Indian journal of veterinary science and animal husbandry - Volumes 26-27, 1956-1957
Year: 1956
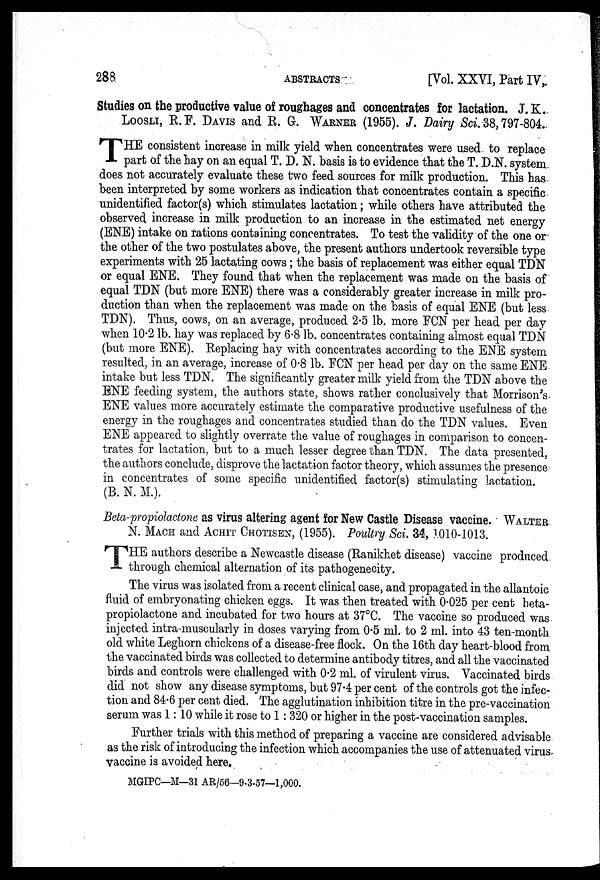
288
ABSTRACTS
[Vol. XXVI, Part IV,
Studies on the productive value of roughages and concentrates for lactation. J. K.
LOOSLI, R. F. DAVIS and R. G. WARNER (1955). J. Dairy Sci. 38, 797-804.
T HE consistent increase in milk yield when concentrates were used to replace
part of the hay on an equal T. D. N. basis is to evidence that the T. D.N. system
does not accurately evaluate these two feed sources for milk production. This has
been interpreted by some workers as indication that concentrates contain a specific
unidentified factor(s) which stimulates lactation; while others have attributed the
observed increase in milk production to an increase in the estimated net energy
(ENE) intake on rations containing concentrates. To test the validity of the one or
the other of the two postulates above, the present authors undertook reversible type
experiments with 25 lactating cows; the basis of replacement was either equal TDN
or equal ENE. They found that when the replacement was made on the basis of
equal TDN (but more ENE) there was a considerably greater increase in milk pro-
duction than when the replacement was made on the basis of equal ENE (but less
TDN). Thus, cows, on an average, produced 2.5 lb. more FCN per head per day
when 10.2 lb. hay was replaced by 6.8 lb. concentrates containing almost equal TDN
(but more ENE). Replacing hay with concentrates according to the ENE system
resulted, in an average, increase of 0.8 lb. FCN per head per day on the same ENE
intake but less TDN. The significantly greater milk yield from the TDN above the
ENE feeding system, the authors state, shows rather conclusively that Morrison's
ENE values more accurately estimate the comparative productive usefulness of the
energy in the roughages and concentrates studied than do the TDN values. Even
ENE appeared to slightly overrate the value of roughages in comparison to concen-
trates for lactation, but to a much lesser degree than TDN. The data presented,
the authors conclude, disprove the lactation factor theory, which assumes the presence
in concentrates of some specific unidentified factor(s) stimulating lactation.
(B. N. M.).
Beta-propiolactone as virus altering agent for New Castle Disease vaccine. WALTER
N. MACH and ACHIT CHOTISEN, (1955). Poultry Sci. 34, 1010-1013.
T HE authors describe a Newcastle disease (Ranikhet disease) vaccine produced
through chemical alternation of its pathogenecity.
The virus was isolated from a recent clinical case, and propagated in the allantoic
fluid of embryonating chicken eggs. It was then treated with 0.025 per cent beta-
propiolactone and incubated for two hours at 37ºC. The vaccine so produced was
injected intra-muscularly in doses varying from 0.5 ml. to 2 ml. into 43 ten-month
old white Leghorn chickens of a disease-free flock. On the 16th day heart-blood from
the vaccinated birds was collected to determine antibody titres, and all the vaccinated
birds and controls were challenged with 0.2 ml. of virulent virus. Vaccinated birds
did not show any disease symptoms, but 97.4 per cent of the controls got the infec-
tion and 84.6 per cent died. The agglutination inhibition titre in the pre-vaccination
serum was 1:10 while it rose to 1:320 or higher in the post-vaccination samples.
Further trials with this method of preparing a vaccine are considered advisable
as the risk of introducing the infection which accompanies the use of attenuated virus
vaccine is avoided here.
MGIPC—M—31 AR/56—9-3-57—1,000.